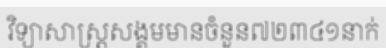
វិទ្យាសាស្ត្រសង្គមមានចំនួន៧២៣៤១នាក់